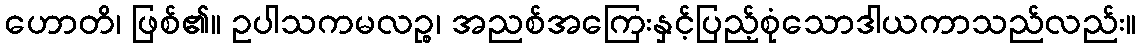
ဟောတိ၊ ဖြစ်၏။ ဥပါသကမလဉ္စ၊ အညစ်အကြေးနှင့်ပြည့်စုံသောဒါယကာသည်လည်း။